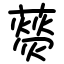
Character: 藀